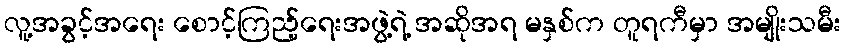
လူ့အခွင့်အရေး စောင့်ကြည့်ရေးအဖွဲ့ရဲ့ အဆိုအရ မနှစ်က တူရကီမှာ အမျိုးသမီး